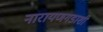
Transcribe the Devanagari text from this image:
नारायणगडाशी